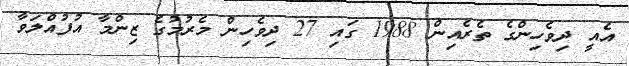
އެއީ ދިވެހިންގެ ތެރެއިން 1988 ގައި 27 ދިވެހިން މެރުމުގެ ޒިންމާ އުފުއްލަވާ